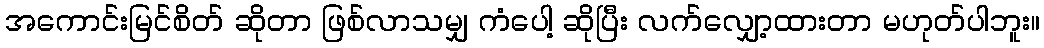
အကောင်းမြင်စိတ် ဆိုတာ ဖြစ်လာသမျှ ကံပေါ့ ဆိုပြီး လက်လျှော့ထားတာ မဟုတ်ပါဘူး။